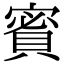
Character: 𧶡